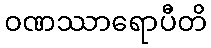
ဝဏဿာရောပီတိ